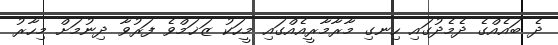
ދެ ބައެއްގެ ދެމެދުގައި ހިނގި މާރާމާރީއެއްގައި މީހަކު ޒަޚަމްވެ ފަރުވާ ދިނުމަށް މިހާރު